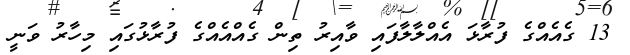
13 ގެއެއްގެ ފުރާޅަ އެއްލާލާފައި ވާއިރު ތިން ގެއްއެއްގެ ފުރާޅުގައި މިހާރު ވަނީ